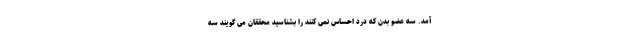
آمد. سه عضو بدن که درد احساس نمی کنند را بشناسید محققان می گویند سه